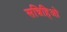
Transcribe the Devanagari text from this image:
सन्निहिओ